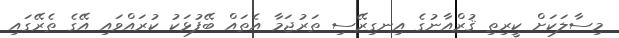
މިސާލަކަށް ކީރިތި ޤުރްއާނުގެ އިނގިރޭސި ތަރުޖަމާ އެތައް ބޭފުޅަކު ކުރައްވައި އޭގެ ތެރޭގައި